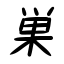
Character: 巣